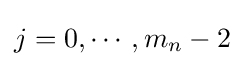
j=0,\cdots ,m_{n}-2